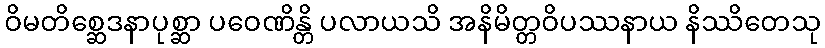
ဝိမတိစ္ဆေဒနာပုစ္ဆာ ပဝေဏိန္တိ ပလာယသိ အနိမိတ္တဝိပဿနာယ နိဿိတေသု